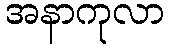
အနာကုလာ